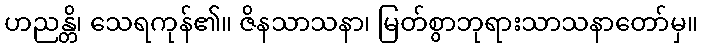
ဟညန္တိ၊ သေရကုန်၏။ ဇိနသာသနာ၊ မြတ်စွာဘုရားသာသနာတော်မှ။